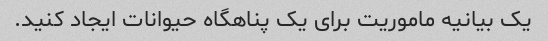
یک بیانیه ماموریت برای یک پناهگاه حیوانات ایجاد کنید.